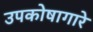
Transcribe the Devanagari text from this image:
उपकोषागारे